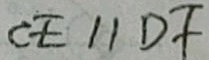
C E / / D F